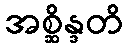
အစ္ဆိန္ဒတိ